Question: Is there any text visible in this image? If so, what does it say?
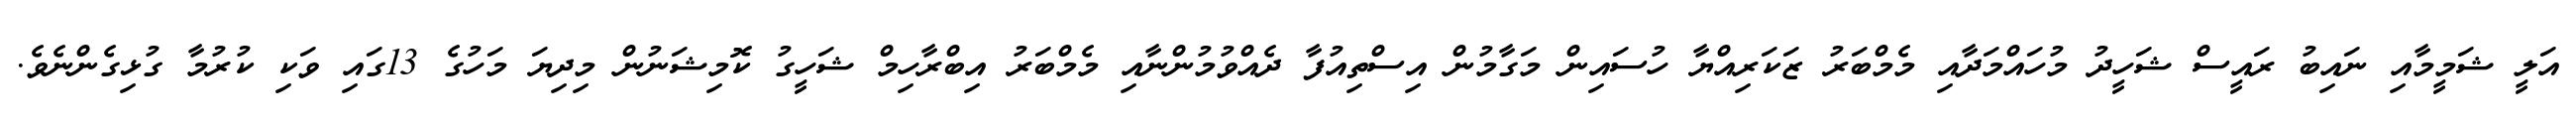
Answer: އަލީ ޝަމީމާއި ނައިބު ރައީސް ޝަހީދު މުހައްމަދާއި މެމްބަރު ޒަކަރިއްޔާ ހުސައިން މަގާމުން އިސްތިއުފާ ދެއްވުމުންނާއި މެމްބަރު އިބްރާހިމް ޝަހީގު ކޮމިޝަނުން މިދިޔަ މަހުގެ 13ގައި ވަކި ކުރުމާ ގުޅިގެންނެވެ.